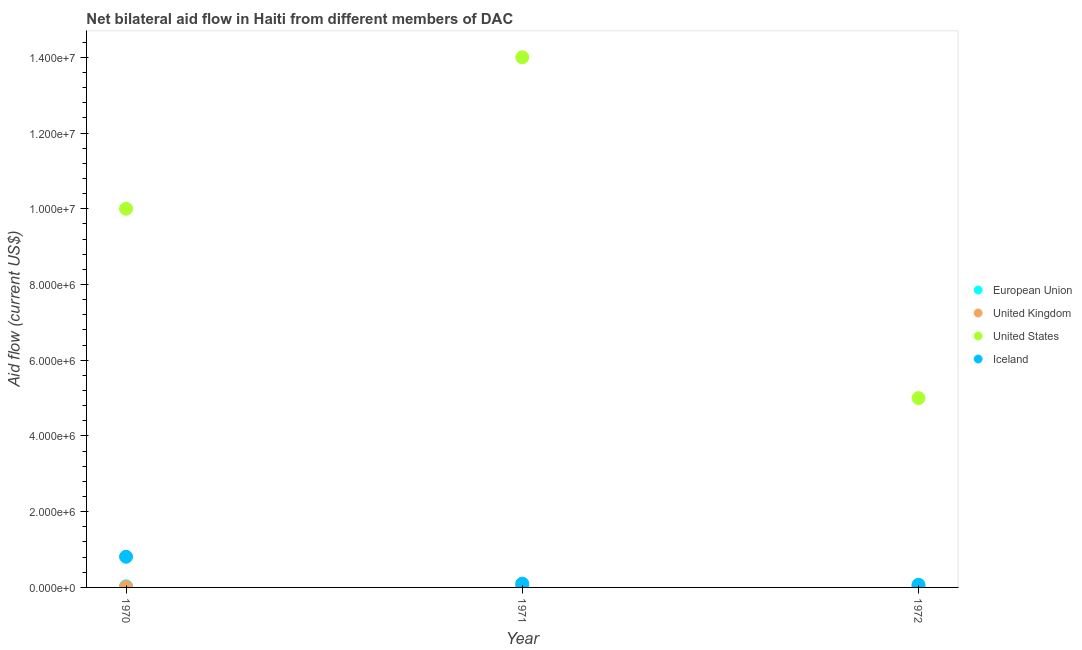
| Year | European Union | United Kingdom | United States | Iceland |
 | --- | --- | --- | --- | --- |
 | 1970 | 3e+04 | 1e+04 | 1e+07 | 8.1e+05 |
 | 1971 | 5e+04 | 1e+04 | 1.4e+07 | 1e+05 |
 | 1972 | 1e+04 | 1e+04 | 5e+06 | 7e+04 |